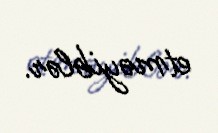
etməyiblər.